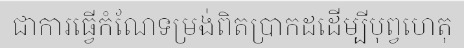
ជាការធ្វើកំណែទម្រង់ពិតប្រាកដដើម្បីបុព្វហេតុ